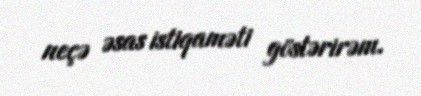
neçə əsas istiqaməti göstərirəm.